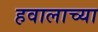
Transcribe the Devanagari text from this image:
हवालाच्या